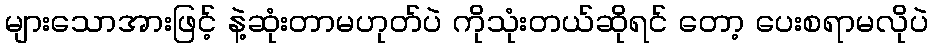
များသောအားဖြင့် နဲ့ဆုံးတာမဟုတ်ပဲ ကိုသုံးတယ်ဆိုရင် တော့ ပေးစရာမလိုပဲ